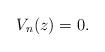
LaTeX: \begin{align*}V_n(z) = 0 . \end{align*}